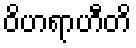
ဝိဟရာဟီတိ